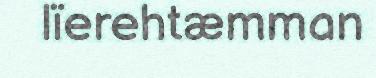
lïerehtæmman